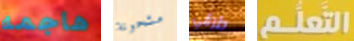
هاجمه مشحونة طرقي التعلم